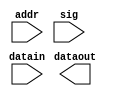
`timescale 1ns / 1ps
//////////////////////////////////////////////////////////////////////////////////
// Company: 
// Engineer: 
// 
// Design Name: 
// Module Name: reg_1C
// Project Name: 
// Target Devices: 
// Tool Versions: 
// Description: 
// 
// Dependencies: 
// 
// Revision:
// Revision 0.01 - File Created
// Additional Comments:
// 
//////////////////////////////////////////////////////////////////////////////////


module reg_1C(addr, datain, dataout, sig);

    input [7:0] addr;
    input [8:0] datain;
    input sig;
    
    output [8:0] dataout;
    
    
    
endmodule